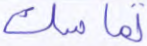
تماسك